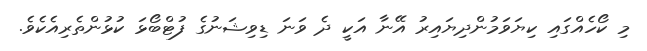
މި ކޯހެއްގައި ކިޔަވަމުންދިޔައިރު އޭނާ އަކީ ދެ ވަނަ ޑިވިޝަނުގެ ފުޓްބޯޅަ ކުޅުންތެރިއެކެވެ.